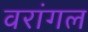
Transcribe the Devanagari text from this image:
वरांगल